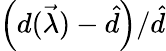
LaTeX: \left(d(\vec{\lambda})-\hat{d}\right)/\hat{d}